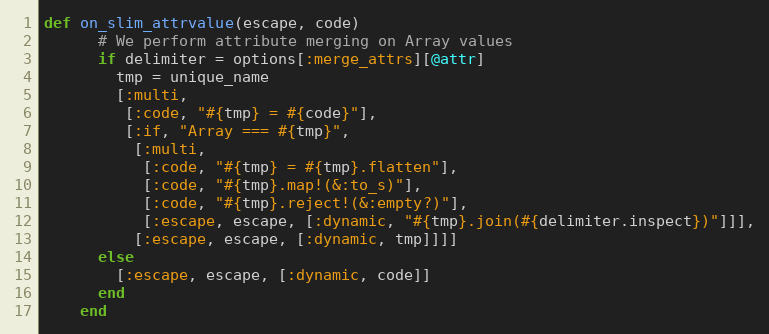
Language: Ruby
def on_slim_attrvalue(escape, code)
      # We perform attribute merging on Array values
      if delimiter = options[:merge_attrs][@attr]
        tmp = unique_name
        [:multi,
         [:code, "#{tmp} = #{code}"],
         [:if, "Array === #{tmp}",
          [:multi,
           [:code, "#{tmp} = #{tmp}.flatten"],
           [:code, "#{tmp}.map!(&:to_s)"],
           [:code, "#{tmp}.reject!(&:empty?)"],
           [:escape, escape, [:dynamic, "#{tmp}.join(#{delimiter.inspect})"]]],
          [:escape, escape, [:dynamic, tmp]]]]
      else
        [:escape, escape, [:dynamic, code]]
      end
    end